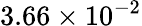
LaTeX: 3.66\times 10^{-2}